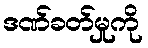
ဒဏ်ခတ်မှုကို